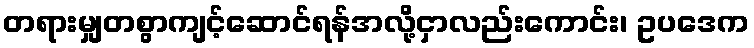
တရားမျှတစွာကျင့်ဆောင်ရန်အလို့ငှာလည်းကောင်း၊ ဥပဒေက